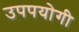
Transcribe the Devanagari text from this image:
उपपयोगी